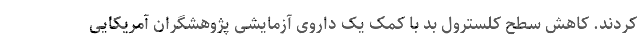
کردند. کاهش سطح کلسترول بد با کمک یک داروی آزمایشی پژوهشگران آمریکایی